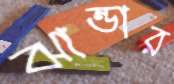
ঝান্ডার